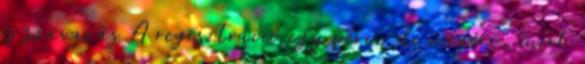
és szavazás A regisztráció egy perc, de megéri, mert